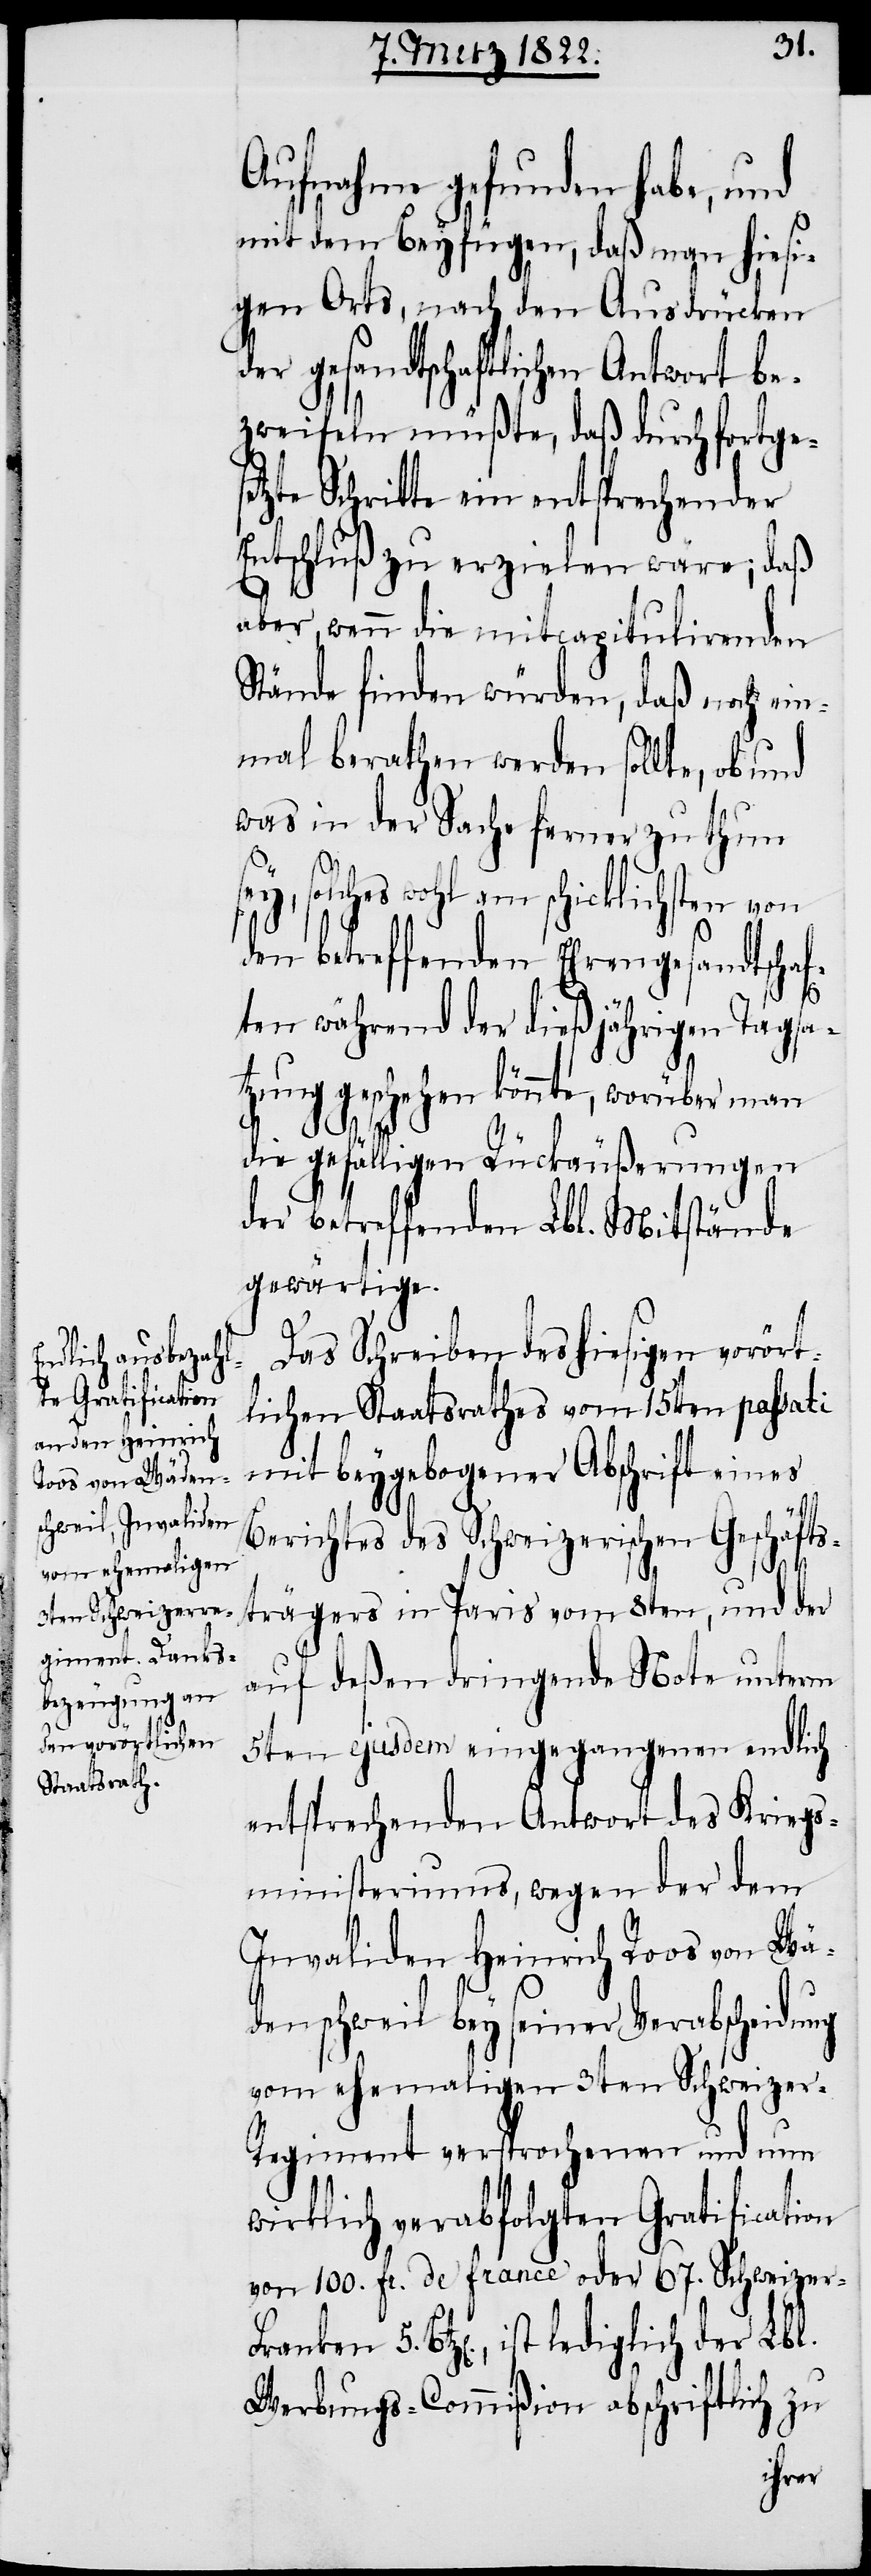
Aufnahme gefunden habe, und
mit dem Beyfügen, daß man hiesi¬
gen Orts, nach den Ausdrücken
der gesandtschaftlichen Antwort be¬
zweifeln müßte, daß durch fortge¬
tzte Schritte ein entsprechender
Entschluß zu erzielen wäre; daß
aber, wenn die mitcapitulirenden
Stände finden würden, daß noch ein¬
mal berathen werden sollte, ob und
was in der Sache ferner zu thun
solches wohl am schicklichsten von
den betreffenden Ehrengesandtschaf¬
5.
ten während der dießjährigen Tagsa¬
tzung geschehen könnte, worüber man
die gefälligen Rückäußerungen
der betreffenden Lbl. Mitstände
gewärtige.
Das Schreiben des hiesigen vorört¬
lichen Staatsrathes vom 15ten passati
mit beygezogener Abschrift eines
ranken
Berichtes des Schweizerischen Geschäfts¬
trägers in Paris vom 8ten, und der
auf deßen dringende Note unterm
5ten ejusdem eingegangenen endlich
entsprechenden Antwort des Kriegs¬
ministeriums, wegen der dem
Invaliden Heinrich Roos von Wä¬
denschweil bey seiner Verabscheidung
vom ehemaligen 3ten Schweizer-R¬
egiment versprochenen und nun
wirklich verabfolgten Gratification
von 100. fr. de franco oder 67. Schweizer-F¬
Btz[en]., ist lediglich der Lbl.
Werbungs-Commißion abschriftlich zu